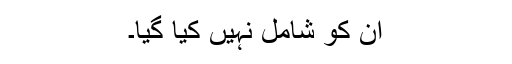
ان کو شامل نہیں کیا گیا۔